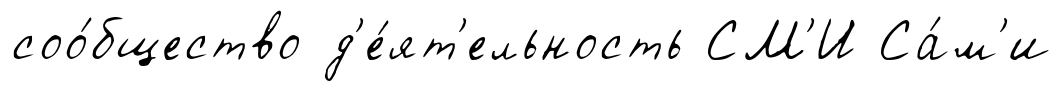
соо́бщество д'е́ят'ельность СМ'И Са́м'и